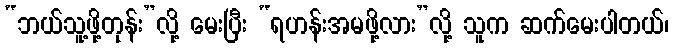
“ဘယ်သူ့ဖို့တုန်း”လို့ မေးပြီး “ရဟန်းအမဖို့လား”လို့ သူက ဆက်မေးပါတယ်၊